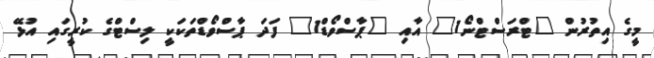
މީގެ އިތުރުން "ޓްރަސްޓްނޯ1" އާއި "ޕާސްވޯޑް1" ފަދަ ޕާސްވޯޑްތަކަކީ ލިސްޓްގެ ކުރީގައި އުޅޭ